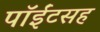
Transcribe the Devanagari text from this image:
पॉईंटसह